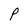
Character: P